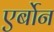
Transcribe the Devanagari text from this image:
एर्बोन